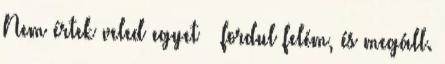
Nem értek veled egyet – fordul felém, és megáll.